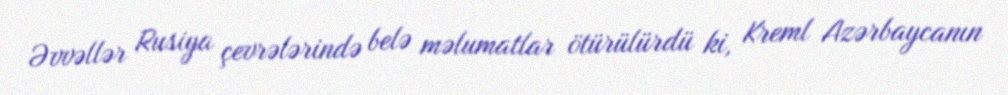
Əvvəllər Rusiya çevrələrində belə məlumatlar ötürülürdü ki, Kreml Azərbaycanın